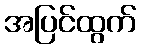
အပြင်ထွက်